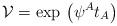
LaTeX: \begin{align*}\mathcal{V}=\exp\,\left(\psi^A t_A\right)\end{align*}